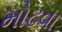
મોઢવા